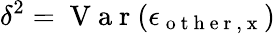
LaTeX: \delta^{2}=\mathrm{~V~a~r~}(\epsilon_{\mathrm{~o~t~h~e~r~,~x~}})